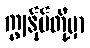
ကျွန်ုပ်တို့မှာ